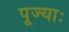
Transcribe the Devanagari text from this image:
पूज्याः